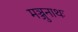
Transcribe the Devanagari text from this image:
मञ्जुनाथः